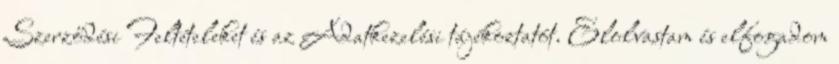
Szerződési Feltételeket és az Adatkezelési tájékoztatót. Elolvastam és elfogadom